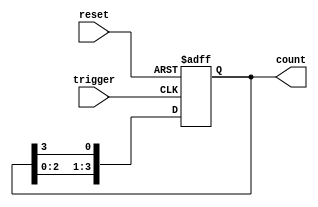
module async_ring_counter (
    input wire reset,       // Asynchronous reset signal
    input wire trigger,     // Trigger signal to shift the '1'
    output reg [N-1:0] count // Output count
);
    parameter N = 4; // Number of flip-flops (states)

    // Initial state
    initial begin
        count = 4'b0001; // Start with the first flip-flop set to '1'
    end

    always @(posedge trigger or posedge reset) begin
        if (reset) begin
            count <= 4'b0001; // Reset to initial state
        end else begin
            // Shift the '1' to the next flip-flop
            count <= {count[N-2:0], count[N-1]}; // Shift left
        end
    end
endmodule